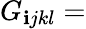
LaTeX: G_{\mathbf{i}jkl}=